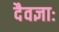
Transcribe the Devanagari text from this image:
दैवज्ञाः